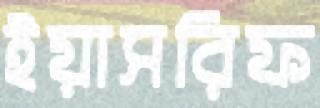
ইয়াসরিফ